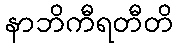
နာဘိကီရတီတိ